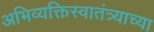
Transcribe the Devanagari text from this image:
अभिव्यक्तिस्वातंत्र्याच्या